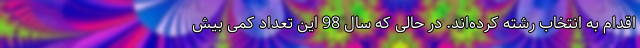
اقدام به انتخاب رشته کرده‌اند. در حالی که سال 98 این تعداد کمی بیش